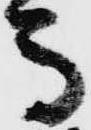
馬